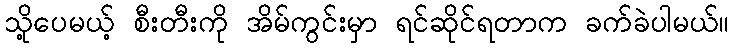
သို့ပေမယ့် စီးတီးကို အိမ်ကွင်းမှာ ရင်ဆိုင်ရတာက ခက်ခဲပါမယ်။